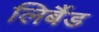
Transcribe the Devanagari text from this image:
लिबैंड